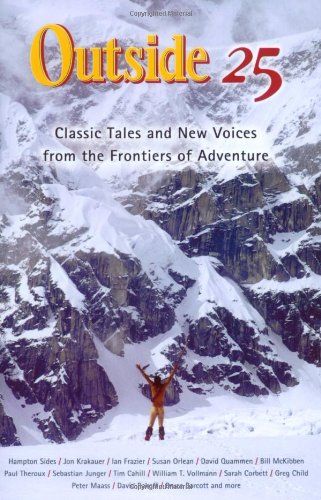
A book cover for Outside 25: Classic Tales and New Voices from the Frontiers of Adventure (25th Anniversary Ed.); Sports & Outdoors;